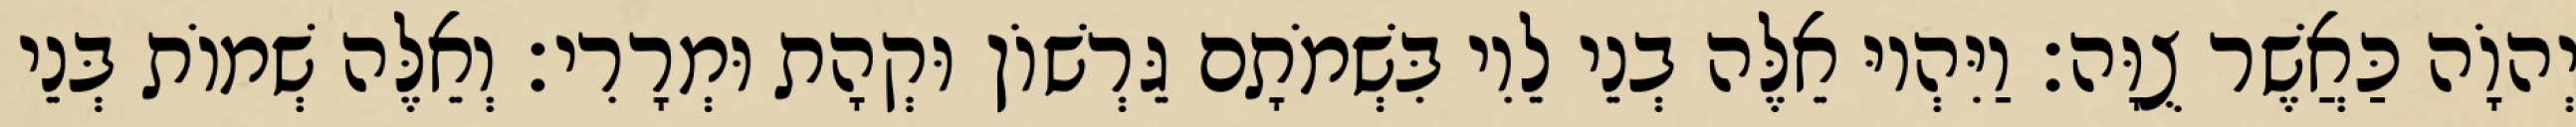
יְהוָֹה כַּאֲשֶׁר צֻוָּה׃ וַיִּהְיוּ אֵלֶּה בְנֵי לֵוִי בִּשְׁמֹתָם גֵּרְשׁוֹן וּקְהָת וּמְרָרִי׃ וְאֵלֶּה שְׁמוֹת בְּנֵי